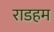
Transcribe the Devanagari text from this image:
राडहम